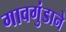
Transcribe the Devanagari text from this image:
गावगुंडाने